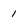
Character: 1